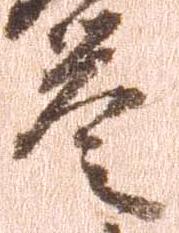
誉